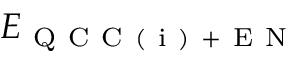
E _ { \mathrm { ~ Q ~ C ~ C ~ ( ~ i ~ ) ~ + ~ E ~ N ~ } }